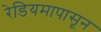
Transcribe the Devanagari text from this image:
रेडियमापासून